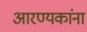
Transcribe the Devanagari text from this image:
आरण्यकांना